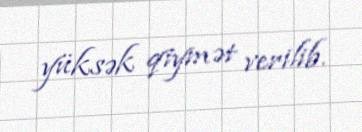
yüksək qiymət verilib.